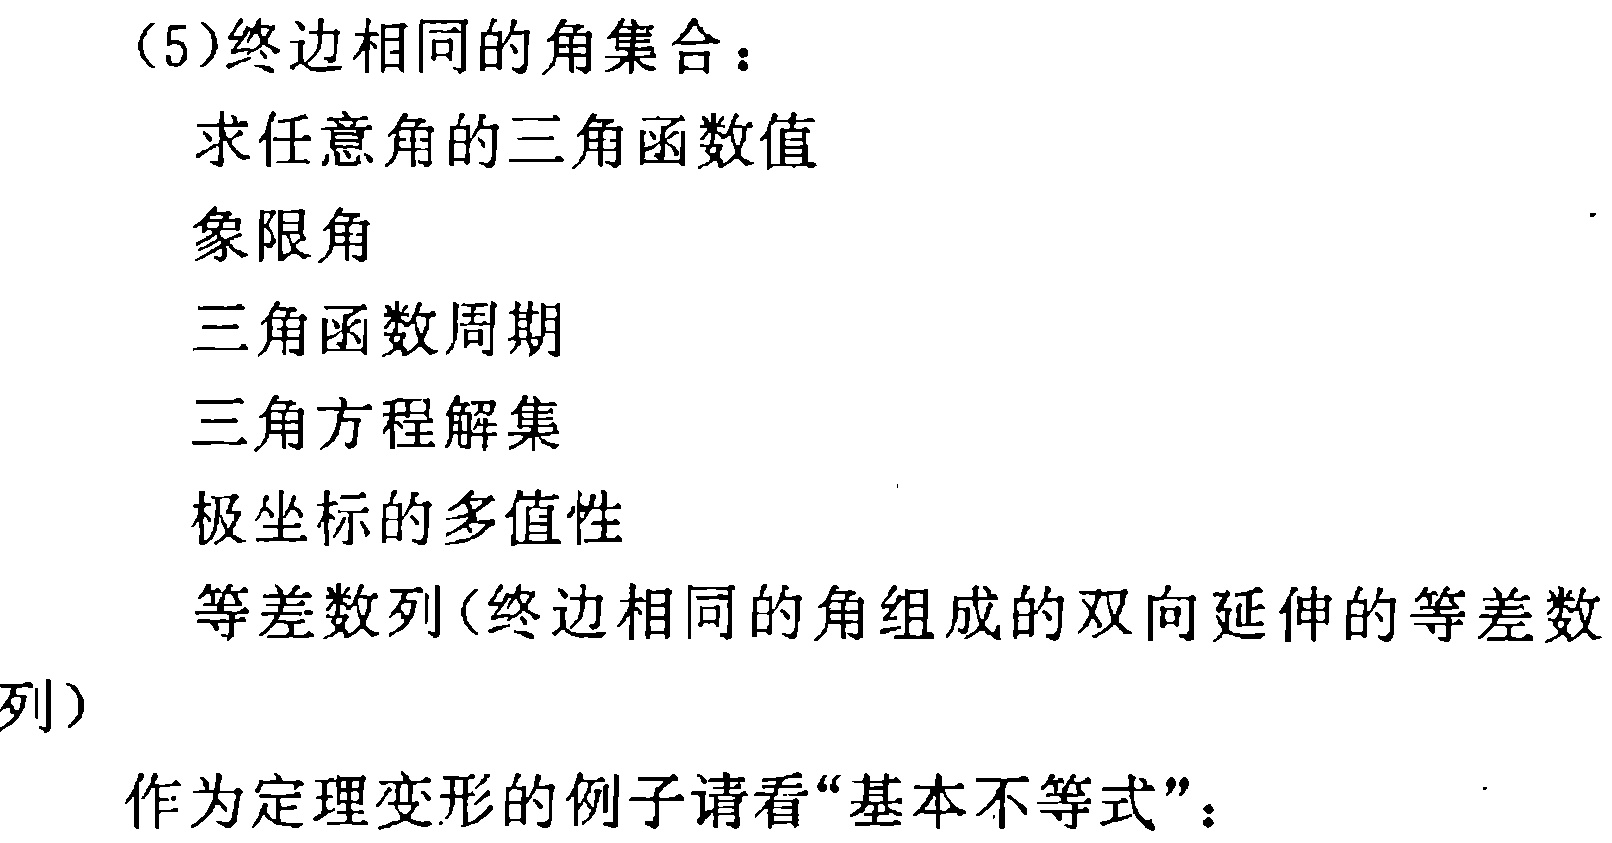
(5)终边相同的角集合：
求任意角的三角函数值
象限角
三角函数周期
三角方程解集
极坐标的多值性
等差数列(终边相同的角组成的双向延伸的等差数列)
作为定理变形的例子请看“基本不等式”：